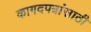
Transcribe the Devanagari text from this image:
कागदपत्रांसाठी